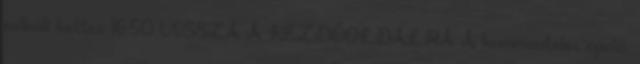
nélküli kettes 16.50 VISSZA A KEZDŐOLDALRA A kommentelés opció,